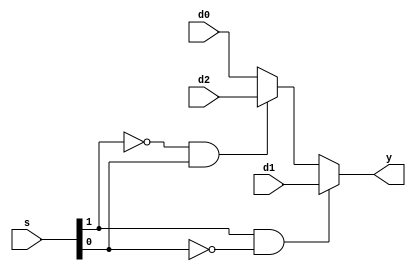
`timescale 1ns / 1ps

module mux3
    #(parameter WIDTH = 9)
    (input [WIDTH-1:0] d0, d1, d2,
     input [1:0]s,
     output reg [WIDTH-1:0] y);

initial
begin
	if(s[1]&&!s[0])
		y = d1;
	else if(!s[1]&&s[0])
		y = d2;
	else
		y = d0;
end

endmodule